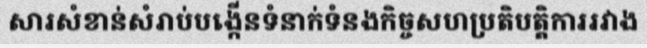
សារសំខាន់សំរាប់បង្កើនទំនាក់ទំនងកិច្ចសហប្រតិបត្តិការរវាង